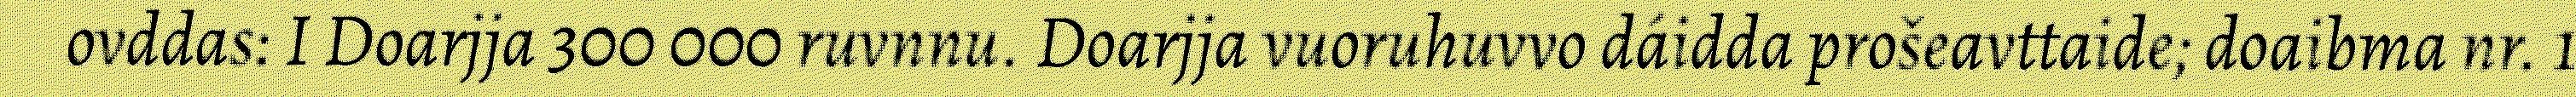
ovddas: I Doarjja 300 000 ruvnnu. Doarjja vuoruhuvvo dáidda prošeavttaide; doaibma nr. 1